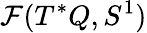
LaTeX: {\cal F}(T^{*}Q,S^{1})